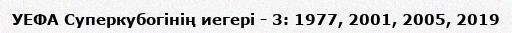
УЕФА Суперкубогінің иегері - 3: 1977, 2001, 2005, 2019